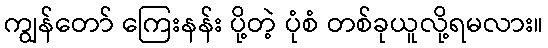
ကျွန်တော် ကြေးနန်း ပို့တဲ့ ပုံစံ တစ်ခုယူလို့ရမလား။